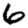
Digit: 6